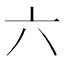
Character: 六